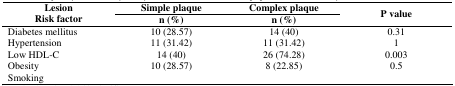
<table><thead><tr><td rowspan="3"><b>LesionRisk factor</b></td><td><b>Simple plaque</b></td><td><b>Complex plaque</b></td><td rowspan="3"><b>P value</b></td></tr><tr><td><b>n (%)</b></td><td><b>n (%)</b></td></tr></thead><tbody><tr><td>Diabetes mellitus</td><td>10 (28.57)</td><td>14 (40)</td><td>0.31</td></tr><tr><td>Hypertension</td><td>11 (31.42)</td><td>11 (31.42)</td><td>1</td></tr><tr><td>Low HDL-C</td><td>14 (40)</td><td>26 (74.28)</td><td>0.003</td></tr><tr><td>Obesity</td><td>10 (28.57)</td><td>8 (22.85)</td><td>0.5</td></tr><tr><td>Smoking</td><td></td><td></td><td></td></tr></tbody></table>